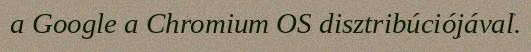
a Google a Chromium OS disztribúciójával.